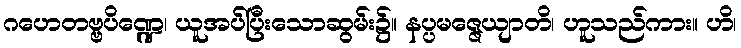
ဂဟေတဗ္ဗပိဏ္ဍေ၊ ယူအပ်ပြီးသောဆွမ်း၌။ နပ္ပမဇ္ဇေယျာတိ၊ ဟူသည်ကား။ ဟိ၊